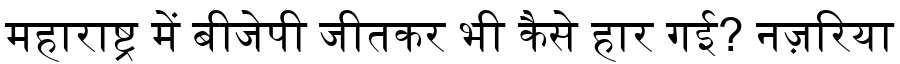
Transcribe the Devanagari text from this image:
महाराष्ट्र में बीजेपी जीतकर भी कैसे हार गई? नज़रिया